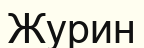
Журин